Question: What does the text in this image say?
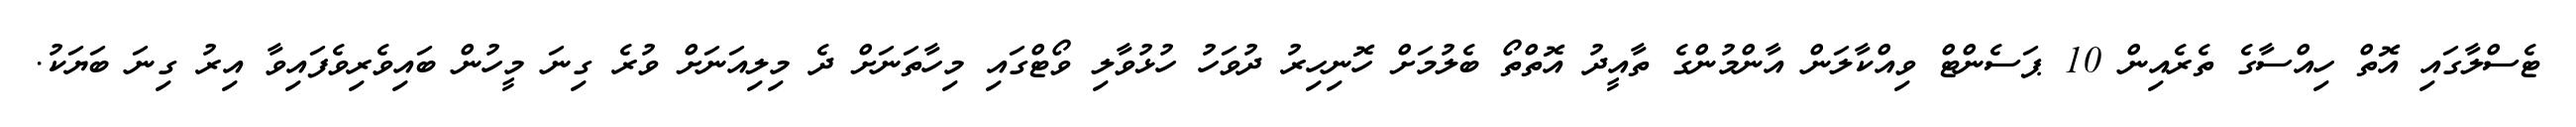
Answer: ޓެސްލާގައި އޮތް ހިއްސާގެ ތެރެއިން 10 ޕަސެންޓް ވިއްކާލަން އާންމުންގެ ތާއީދު އޮތްތޯ ބެލުމަށް ހޮނިހިރު ދުވަހު ހުޅުވާލި ވޯޓްގައި މިހާތަނަށް ދެ މިލިއަނަށް ވުރެ ގިނަ މީހުން ބައިވެރިވެފައިވާ އިރު ގިނަ ބަޔަކު.